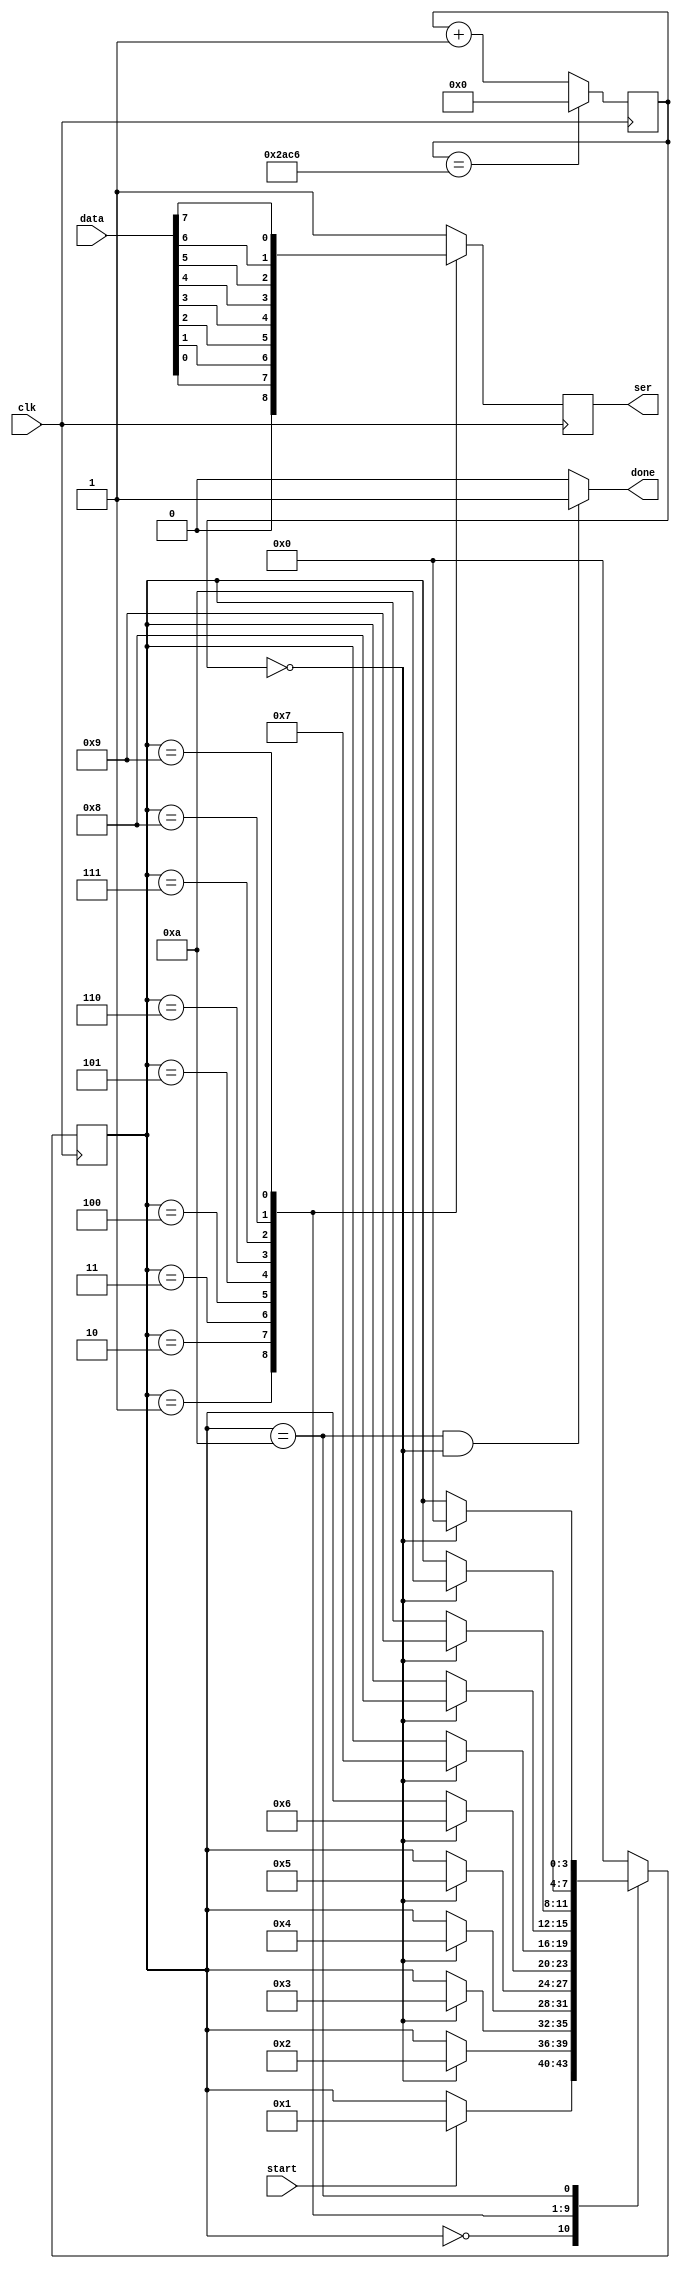
`timescale 1ns / 1ps
//////////////////////////////////////////////////////////////////////////////////
// Company: 
// Engineer: 
// 
// Design Name: 
// Module Name:    rs232 
// Project Name: 
// Target Devices: 
// Tool versions: 
// Description: 
//
// Dependencies: 
//
// Revision: 
// Revision 0.01 - File Created
// Additional Comments: 
//
//////////////////////////////////////////////////////////////////////////////////
module rs232_transmit(

		input clk,
		input start ,
		input [7 : 0] data,
		output  ser,
		output done
		

);


// Start signal tells it to start sending bits
		//reg start = 0 ;

//The bits of data to send
		//reg[7:0] data = 0;

/////////////////////////////////////////////////////////////////////////////
// Serial port clock generator
// Generate a 9600 baud clock signal for the serial port by dividing the
// 100Mhz clock by 10416

		reg [13:0] clockdiv = 0; //= 0;//initial 15 biti

// Count from 0..10416 then reset back to zero
		always @ (posedge clk) begin
		
				if (clockdiv == 10950)
					 clockdiv <= 0;
				else
						clockdiv <= clockdiv + 1;
	 end

// The serclock is a short pulse each time we are reset
wire serclock = (clockdiv == 0);

/////////////////////////////////////////////////////////////////////////////
// Serial port state machine
// Only start the state machine when "start" is set. Only advance to the
// next state when serclock is set.

reg [3:0] state;

always @(posedge clk)
begin
   case (state)
        4'b0000: if (start) state <= 4'b0001;
        4'b0001: if (serclock) state <= 4'b0010;    // Start bit
        4'b0010: if (serclock) state <= 4'b0011;    // Bit 0
        4'b0011: if (serclock) state <= 4'b0100;    // Bit 1
        4'b0100: if (serclock) state <= 4'b0101;    // Bit 2
        4'b0101: if (serclock) state <= 4'b0110;    // Bit 3
        4'b0110: if (serclock) state <= 4'b0111;    // Bit 4
        4'b0111: if (serclock) state <= 4'b1000;    // Bit 5
        4'b1000: if (serclock) state <= 4'b1001;    // Bit 6
        4'b1001: if (serclock) state <= 4'b1010;   // Bit 7
        4'b1010: if (serclock) state <= 4'b0000;    // Stop bit 0010
        default: state <= 4'b0000;                  // Undefined, skip to stop
    endcase
end

assign done = (state==4'b1010 & serclock == 1) ? 1:0;

///////////////////////////////////////////////////////////////////////////////
// Serial port data
// Ensure that the serial port has the correct data on it in each state

reg outbit;

always @(posedge clk)
begin
    case (state)
         4'b0000: outbit <= 1;              // idle
         4'b0001: outbit <= 0;              // Start bit
         4'b0010: outbit <= data[0];        // Bit 0
         4'b0011: outbit <= data[1];        // Bit 1
         4'b0100: outbit <= data[2];        // Bit 2
         4'b0101: outbit <= data[3];        // Bit 3
         4'b0110: outbit <= data[4];        // Bit 4
         4'b0111: outbit <= data[5];        // Bit 5
         4'b1000: outbit <= data[6];        // Bit 6
         4'b1001: outbit <= data[7];        // Bit 7
         4'b1010: outbit <= 1;          // Stop bit outbit 1<= 
         default: outbit <= 1;          // Bad state output idle
    endcase
end

// Output register to pin
assign ser = outbit;




endmodule